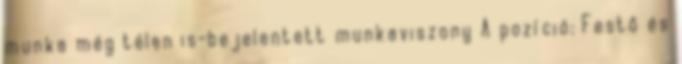
munka még télen is-bejelentett munkaviszony A pozíció: Festő és